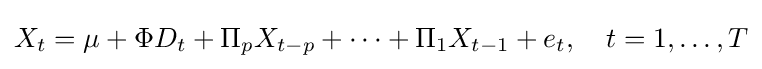
X_{t}=\mu +\Phi D_{t}+\Pi _{p}X_{t-p}+\cdots +\Pi _{1}X_{t-1}+e_{t},\quad t=1,\dots ,T